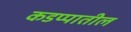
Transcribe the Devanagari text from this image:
कडप्पातील